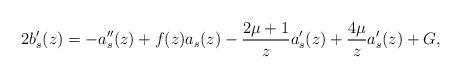
LaTeX: \begin{align*} 2b_s'(z)=-a_s''(z)+f(z)a_s(z)-\frac{2\mu+1}{z}a_s'(z)+\frac{4\mu}{z}a_s'(z)+G,\end{align*}